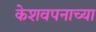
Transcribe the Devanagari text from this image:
केशवपनाच्या